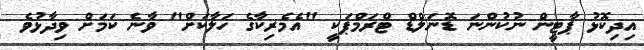
އިދިކޮޅު ޕާޓީން ނުކުންނަ ޑޮނަލްޑް ޓްރަމްޕަކީ "އެމެރިކާގެ ހަލާކަށް" ވާނެ ކަމަށް ވިދާޅުވެ